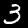
Label: 3